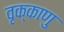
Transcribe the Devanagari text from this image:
वृक्काणु